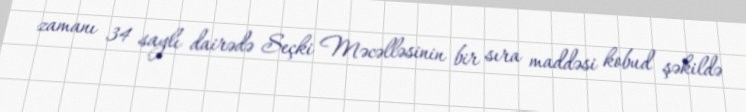
zamanı 34 saylı dairədə Seçki Məcəlləsinin bir sıra maddəsi kobud şəkildə